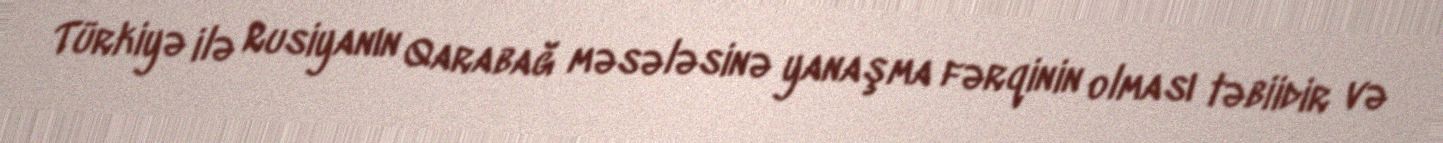
Türkiyə ilə Rusiyanın Qarabağ məsələsinə yanaşma fərqinin olması təbiidir və